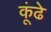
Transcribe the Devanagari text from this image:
कूंढे